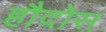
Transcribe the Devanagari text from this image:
हौदोस